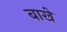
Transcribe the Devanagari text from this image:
बाखे